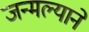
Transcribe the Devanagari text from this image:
जन्मल्याने